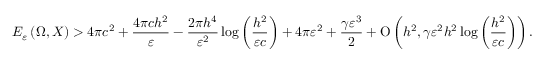
E _ { \varepsilon } \left( \Omega , X \right) > 4 \pi c ^ { 2 } + \frac { 4 \pi c h ^ { 2 } } { \varepsilon } - \frac { 2 \pi h ^ { 4 } } { \varepsilon ^ { 2 } } \log { \left( \frac { h ^ { 2 } } { \varepsilon c } \right) } + 4 \pi \varepsilon ^ { 2 } + \frac { \gamma \varepsilon ^ { 3 } } { 2 } + \ensuremath { \operatorname { O } \left( h ^ { 2 } , \gamma \varepsilon ^ { 2 } h ^ { 2 } \log { \left( \frac { h ^ { 2 } } { \varepsilon c } \right) } \right) } .